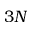
3 N